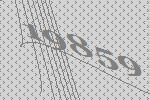
19859